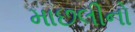
માછલીનો